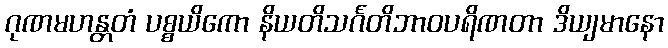
ဂုဏမဟန္တတံ ပစ္စယိကော နိယတိသင်္ဂတိဘာဝပရိဏတာ ဒိယျမာနော